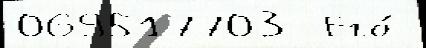
069517703  Его́